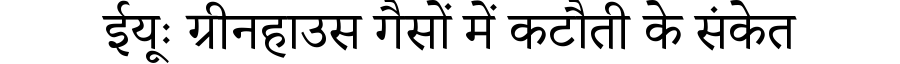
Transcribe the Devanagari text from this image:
ईयूः ग्रीनहाउस गैसों में कटौती के संकेत